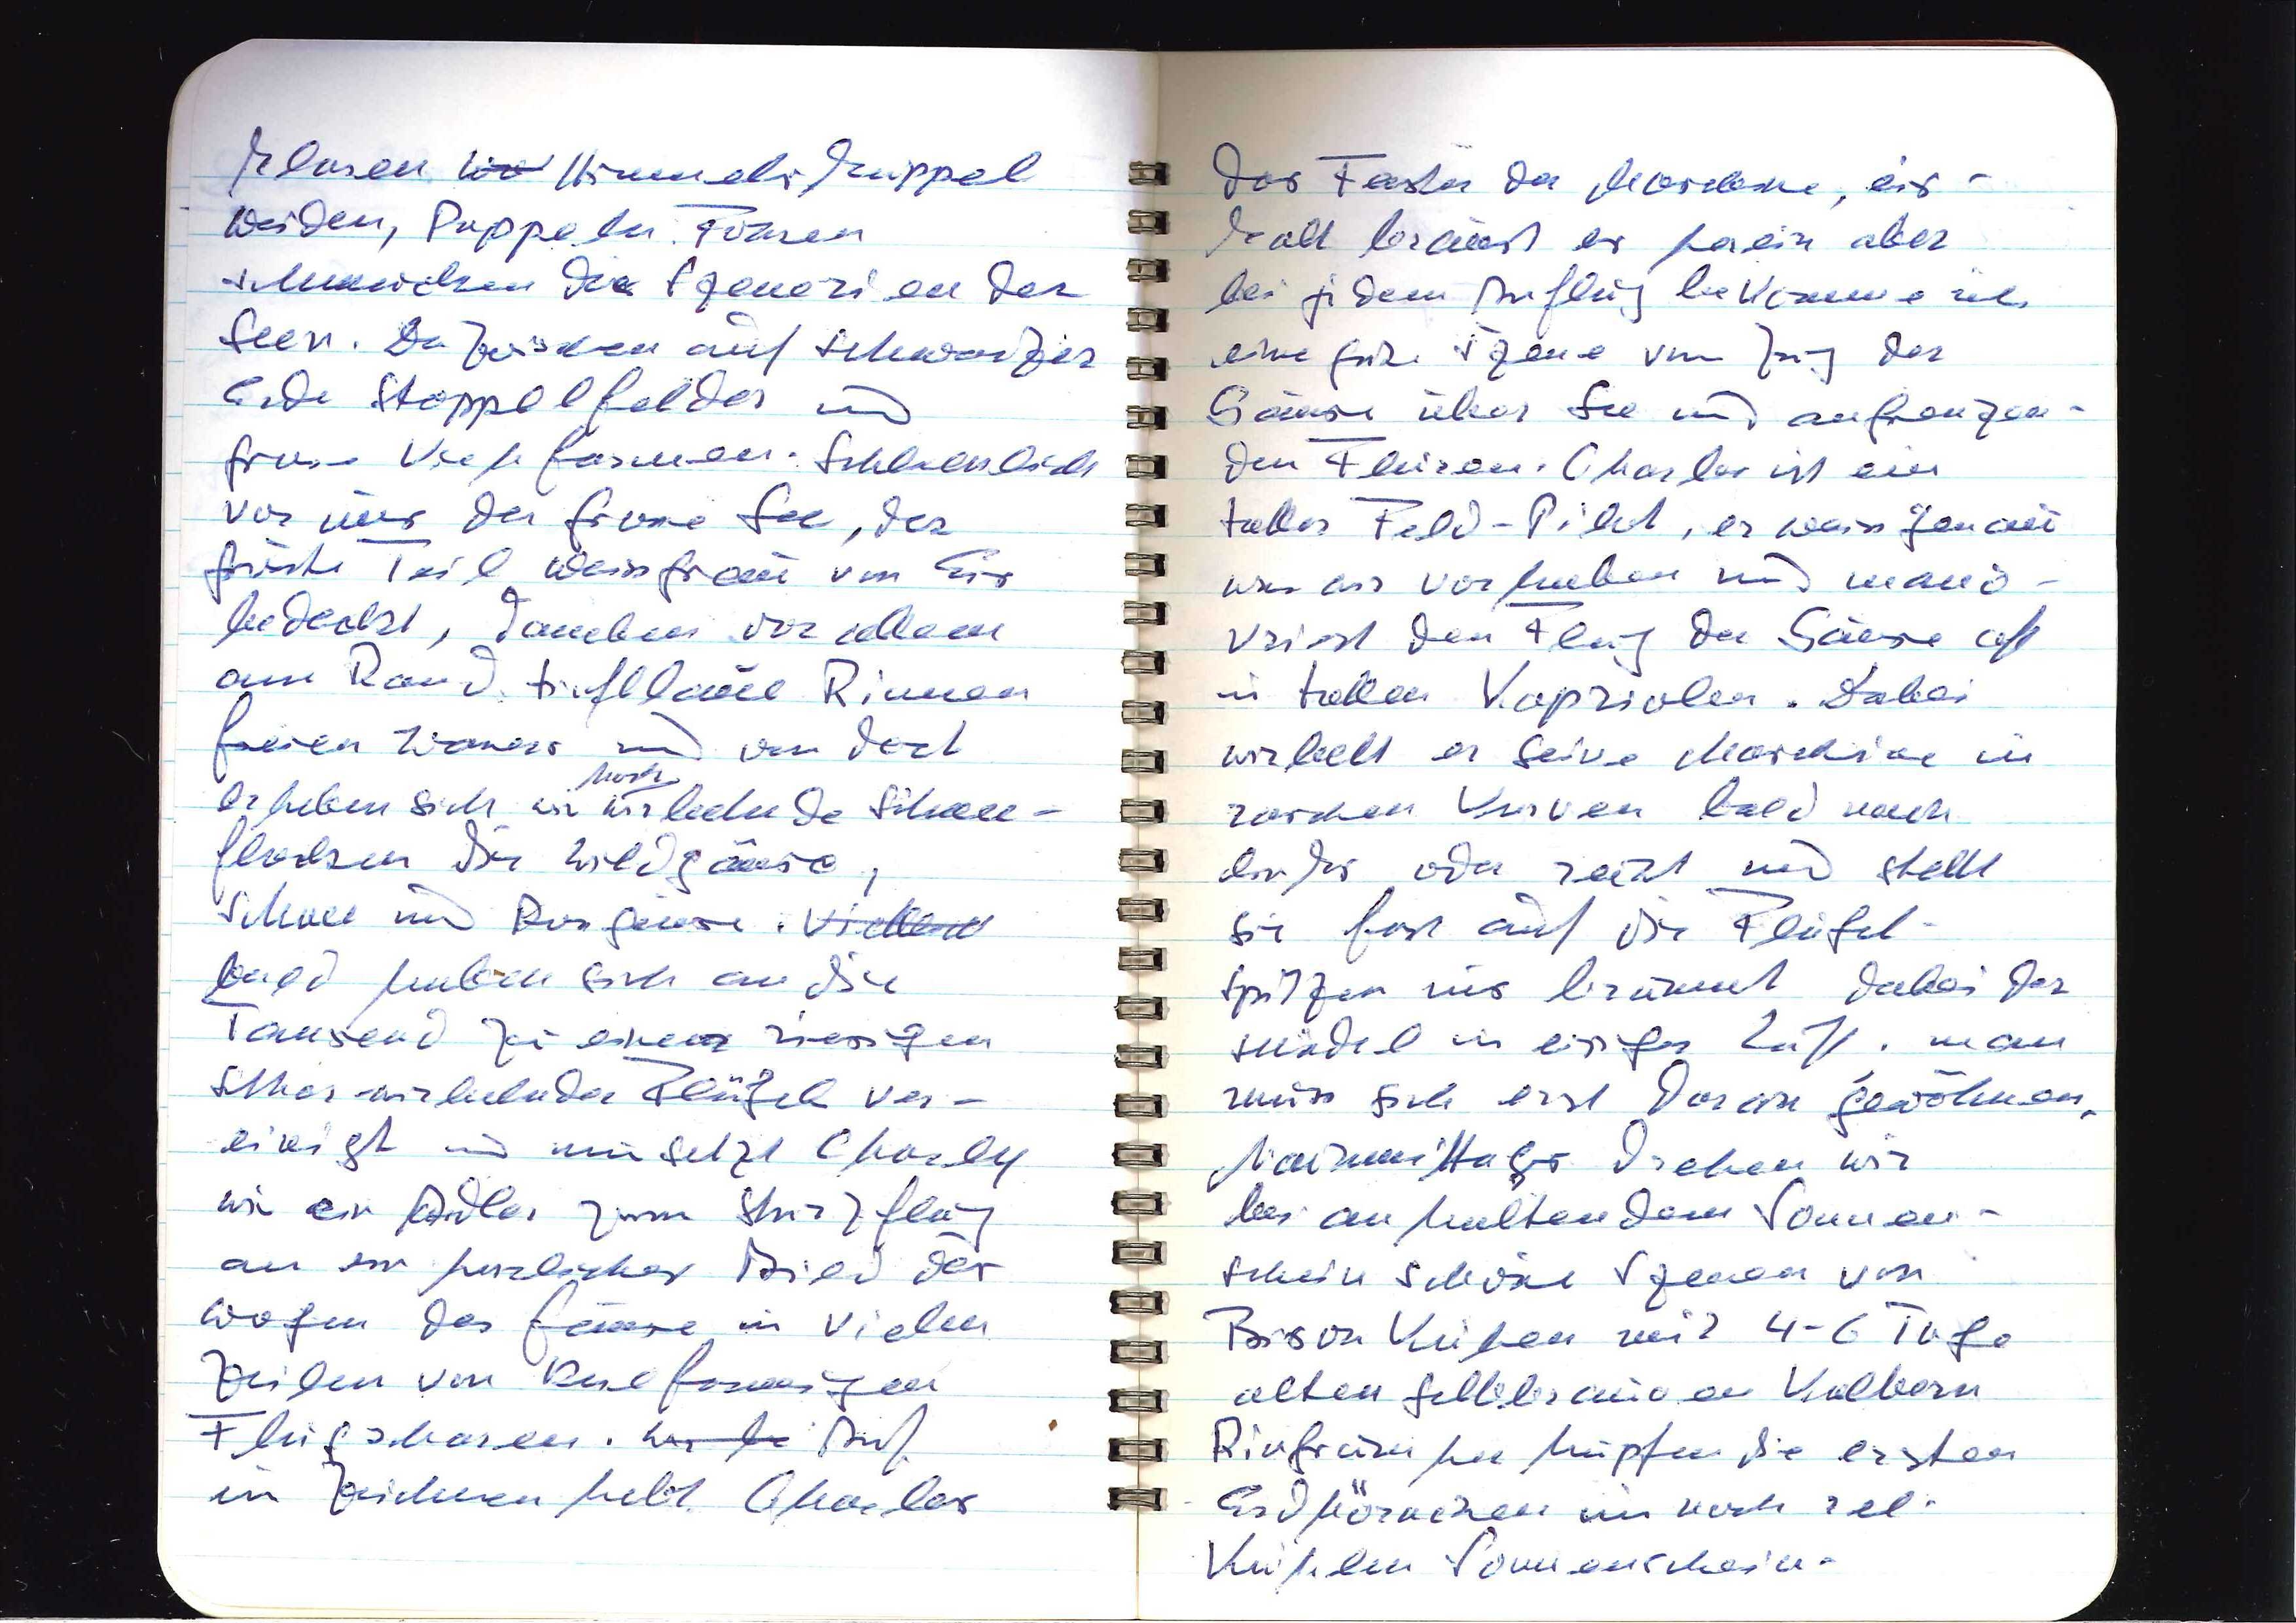
klaren xxx Himmel, Kuppel
weiden, Pappeln, Föhren
schmücken die Szenerien der
Seen. Dazwischen auf schwarzer
Erde Stoppelfelder und
grosse Viehfarmen. Schliesslich
vor uns der grosse See, der
grösste Teil weissgrau von Eis
bedeckt, daneben vor allem
am Rand tiefblaue Rinnen
freien Wassers und von dort
erheben sich wie wirbelnde Schnee-
hoch
flocken die Wildgänse,
Schnee und Rossgänse. Vielleicht
bald haben sich an die
Tausend zu einer riesigen
Schar wirbelnder Flügel ver¬
einigt und nun setzt Charly
wie ein Adler zum Sturzflug
an ein herrliches Bild der
Wogen der Gänse in vielen
Zeilen von keilförmigen
Flugscharen. xxx Auf
ein Zeichen hebt Charles

das Fenster der Maschine, eis¬
kalt braust er herein aber
bei jedem Anflug bekomme ich
eine gute Szene vom Zug der
Gänse über See und angrenzen¬
den Fluren. Charles ist ein
toller Feld-Pilot, er weiss genau
was wir vorhaben und manö¬
vriert den Flug der Gänse oft
in tollen Kapriolen. Dabei
wirbelt er seine Maschine in
raschen Kurven bald nach
links oder rechts und stellt
sie ganz auf die Flügel
spitzen uns brummt dabei der
Schädel in eisiger Luft, man
muss sich erst daran gewöhnen.
Nachmitags drehen wir
bei anhaltendem Sonnen¬
schein schöne Szenen von
Bisonkühen mit 4-6 Tage
alten gelbbraunen Kälbern.
Ringsum hüpfen die ersten
Erdhörnchen im noch rel.
Kühlen Sonnenschein.